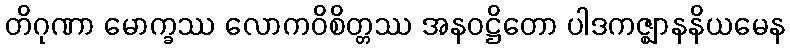
တိဂုဏာ မောက္ခဿ လောကဝိစိတ္တဿ အနဝဋ္ဌိတော ပါဒကဇ္ဈာနနိယမေန